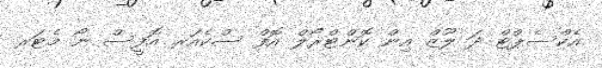
އެކްސެޕްޓް ދަ ލޫޒް އިން ކޮންޓްރޯލް އޮފް ސްކެއަރ އޮފީސް ނޯ މެޓަރ